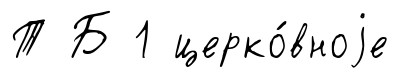
Т Б 1 церко́вноjе